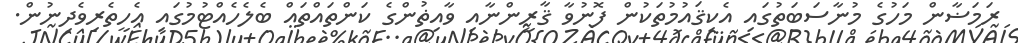
ރަމަޟާން މަހުގެ މުނާސަބަތުގައި އެކިޤައުމުތަކުން ފޮނުވާ ޤާރީންނާއި ވާއިޡުންގެ ކަންތައްތައް ބެލެހެއްޓުމުގައި އެހީތެރިވެދިނުން.